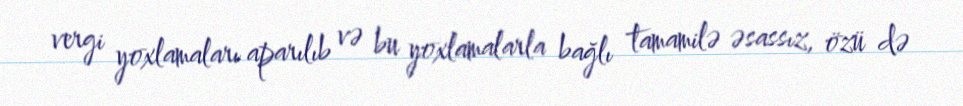
vergi yoxlamaları aparılıb və bu yoxlamalarla bağlı tamamilə əsassız, özü də